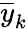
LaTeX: \overline{{y}}_{k}